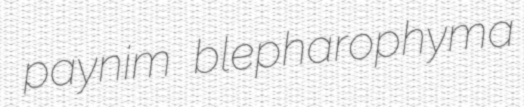
paynim blepharophyma